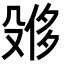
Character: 𪵌